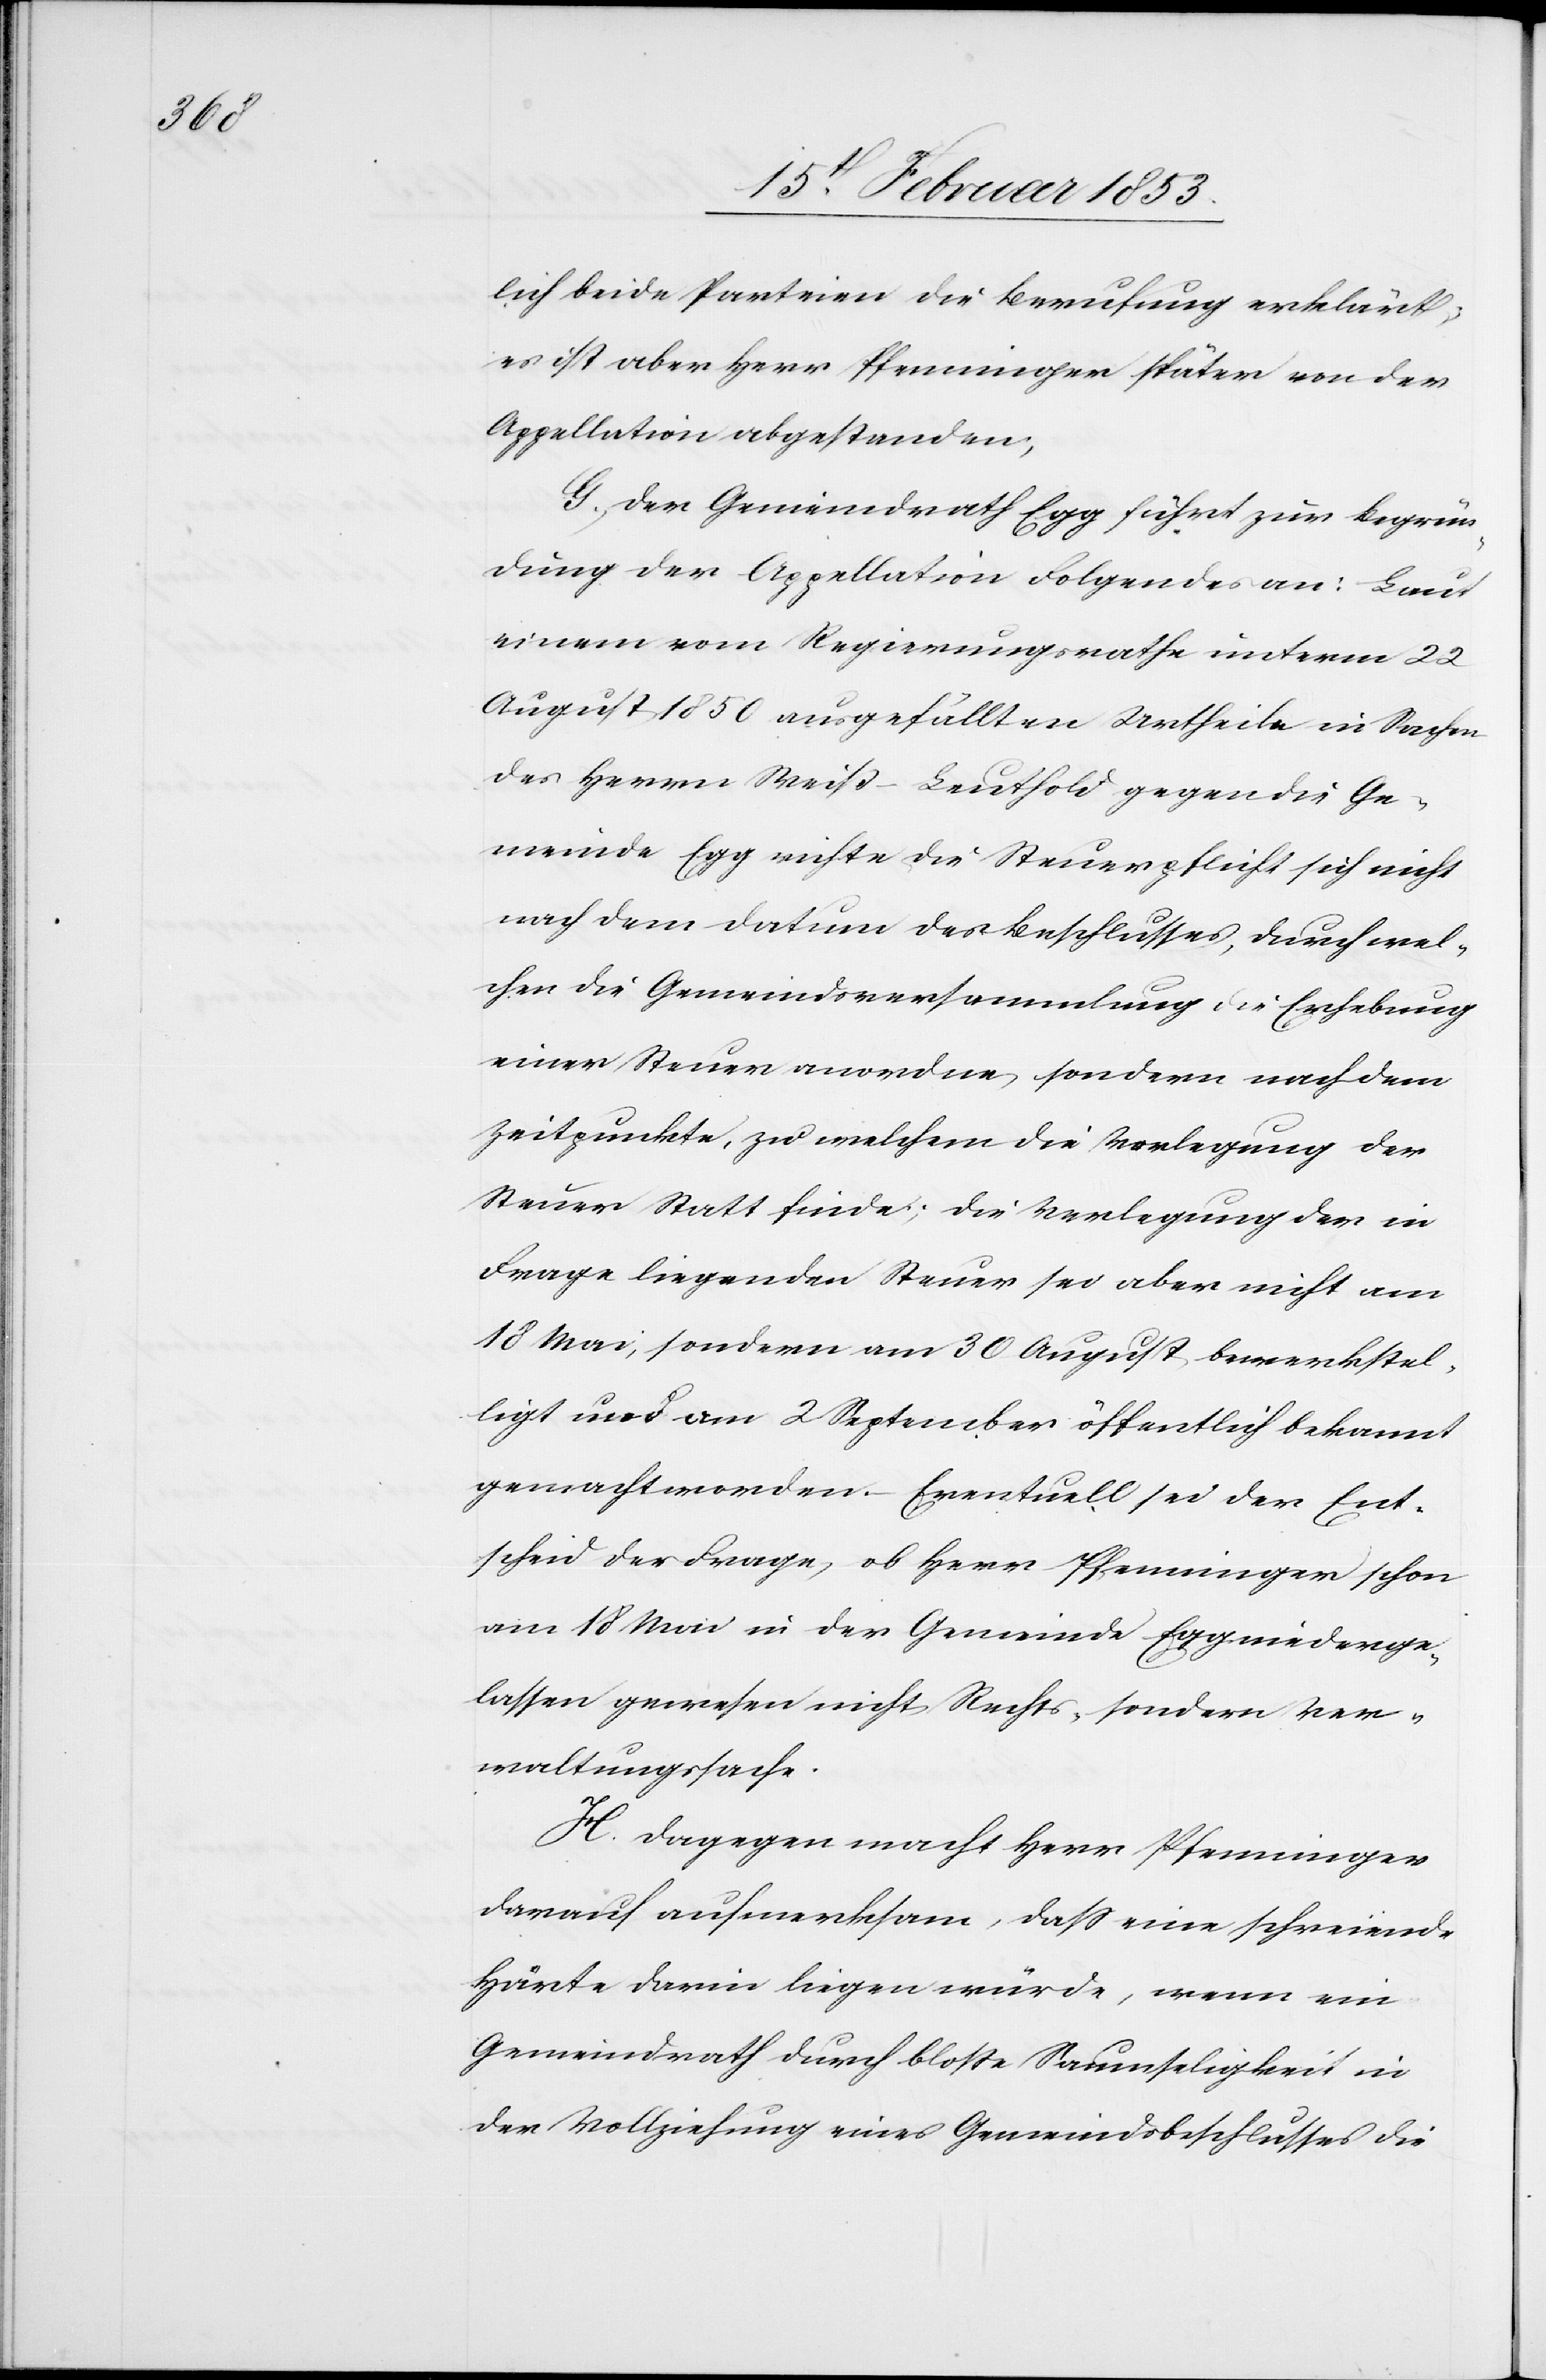
lich beide Parteien die Berufung erklärt,
es ist aber Herr Pfenninger später von der
Appellation abgestanden,
G, Der Gemeindrath Egg führt zur Begrün¬
dung der Appellation Folgendes an: Laut
einem vom Regierungsrathe unterm 22
August 1850 ausgefällten Urtheile in Sachen
des Herrn Weiß-Leuthold gegen die Ge¬
meinde Egg richte die Steuerpflicht sich nicht
nach dem Datum des Beschlusses, durch wel¬
chen die Gemeindsversammlung die Erhebung
einer Steuer anordne, sondern nach dem
Zeitpunkte, zu welchem die Verlegung der
Steuer Statt finde; die Verlegung der in
Frage liegenden Steuer sei aber nicht am
18 Mai, sondern am 30 August, bewerkstel¬
ligt und am 2 September öffentlich bekannt
gemacht worden. Eventuell sei der Ent¬
scheid der Frage, ob Herr Pfenninger schon
am 18 Mai in der Gemeinde Egg niederge¬
lassen gewesen nicht Rechts, sondern Ver¬
waltungssache.
H. Dagegen macht Herr Pfenninger
darauf aufmerksam, daß eine schreiende
Härte darin liegen würde, wenn ein
Gemeindrath durch bloße Saumseligkeit in
der Vollziehung eines Gemeindsbeschlusses die